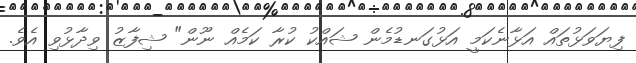
ފިޔަވަޅުތައް އަޅާނެކަމީ އަޅުގަނޑުމެން ޝައްކު ކުރާ ކަމެއް ނޫން" ޝިފާޒު ވިދާޅުވި އެވެ.